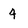
Character: 4